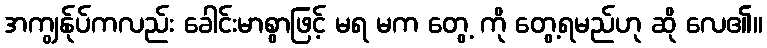
အကျွန်ုပ်ကလည်း ခေါင်းမာစွာဖြင့် မရ မက တွေ့ ကို တွေ့ရမည်ဟု ဆို လေ၏။